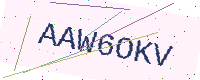
Text: AAW6OKV